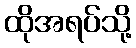
ထိုအရပ်သို့